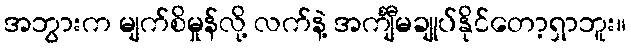
အဘွားက မျက်စိမှုန်လို့ လက်နဲ့ အင်္ကျီမချုပ်နိုင်တော့ရှာဘူး။